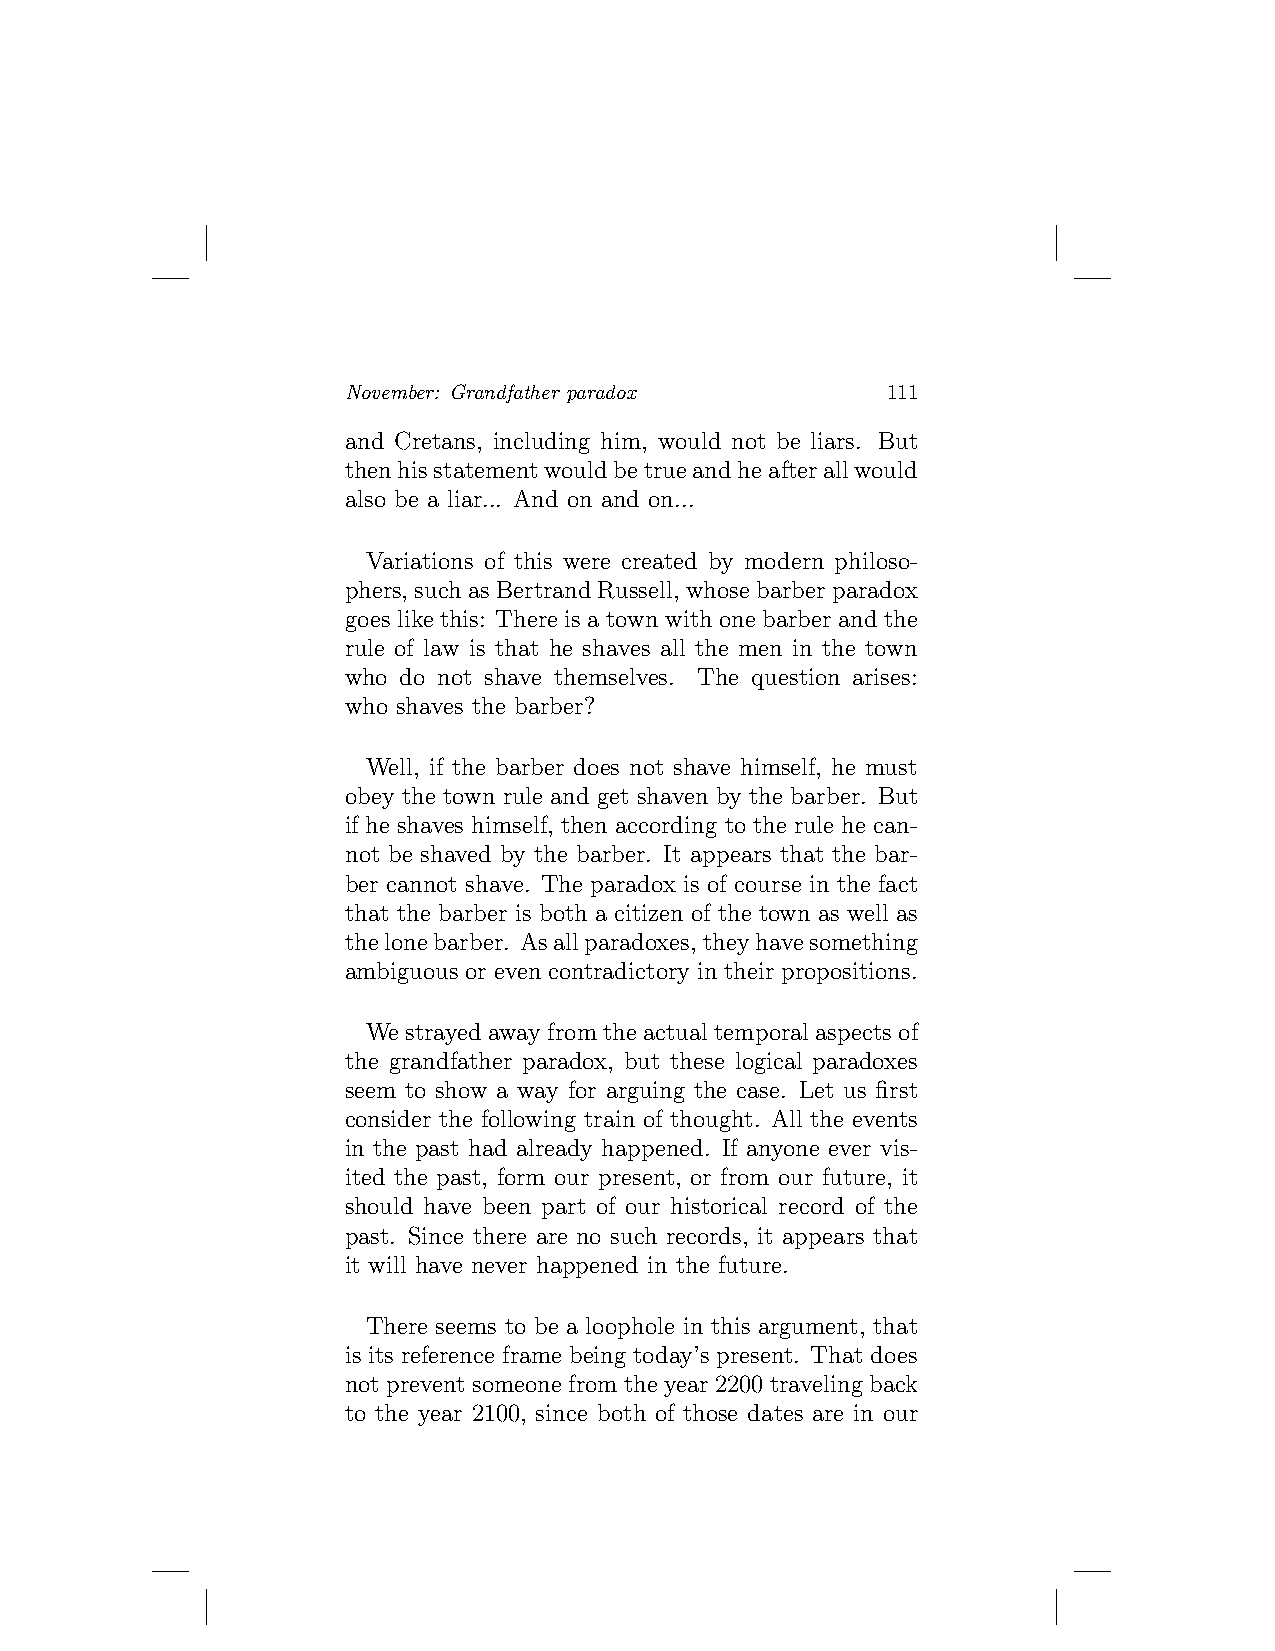
November: Grandfather paradox       111
 and Cretans, including him, would not be liars. But
 thenhisstatementwouldbetrueandheafterallwould
 also be a liar... And on and on...
 Variations of this were created by modern philoso-
 phers, suchasBertrandRussell, whosebarberparadox
 goes like this: There is a town with one barber and the
 rule of law is that he shaves all the men in the town
 who do not shave themselves. The question arises:
 who shaves the barber?
 Well, if the barber does not shave himself, he must
 obey the town rule and get shaven by the barber. But
 if he shaves himself, then according to the rule he can-
 not be shaved by the barber. It appears that the bar-
 ber cannot shave. The paradox is of course in the fact
 that the barber is both a citizen of the town as well as
 thelonebarber. Asallparadoxes,theyhavesomething
 ambiguous or even contradictory in their propositions.
 Westrayedawayfromtheactualtemporalaspectsof
 the grandfather paradox, but these logical paradoxes
 seem to show a way for arguing the case. Let us first
 consider the following train of thought. All the events
 in the past had already happened. If anyone ever vis-
 ited the past, form our present, or from our future, it
 should have been part of our historical record of the
 past. Since there are no such records, it appears that
 it will have never happened in the future.
 There seems to be a loophole in this argument, that
 is its reference frame being today’s present. That does
 not prevent someone from the year 2200 traveling back
 to the year 2100, since both of those dates are in our